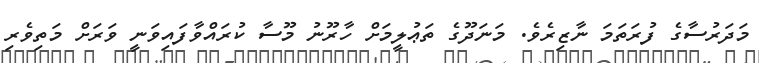
މަދަރުސާގެ ފުރަތަމަ ނާޒިރެވެ. މަނަދޫގެ ތަޢުލީމަށް ހާރޫނު މޫސާ ކުރައްވާފައިވަނީ ވަރަށް މަތިވެރި